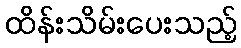
ထိန်းသိမ်းပေးသည့်